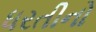
ધરતીનો